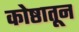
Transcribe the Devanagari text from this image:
कोष्ठातून